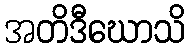
အတိဒီဃောသိ